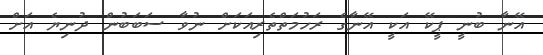
އޭނާ ބުނީ ޕީކޭ އަކީ އޭނާގެ ރަހުމަތްތެރިއަކަށް ނުވާ ސަބަބުން ދުނިޔެ އަށް